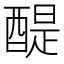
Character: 醍